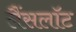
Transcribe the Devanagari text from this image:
लैंसलॉट